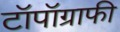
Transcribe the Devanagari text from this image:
टॉपॉग्राफी